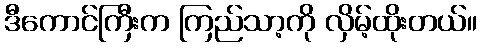
ဒီကောင်ကြီးက ကြည်သာ့ကို လှိမ့်ထိုးတယ်။